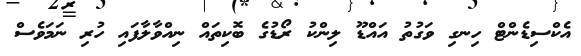
އެކްސިޑެންޓް ހިނގި ވަގުތު އައްޑޫ ލިންކު ރޯޑުގެ ބޮކިތައް ނިއްވާލާފައި ހުރި ނަމަވެސް